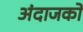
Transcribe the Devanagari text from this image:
अंदाजको